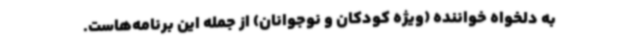
به دلخواه خواننده (ویژه کودکان و نوجوانان) از جمله این برنامه‌هاست.